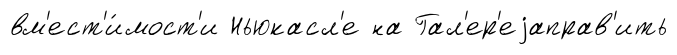
вм'ест'и́мост'и Ньюкасл'е на Гал'ер'еjаправ'ить